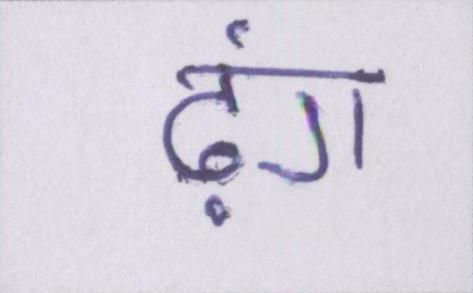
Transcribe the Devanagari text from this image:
ढ़ंग